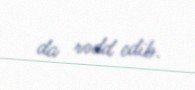
da rədd edib.